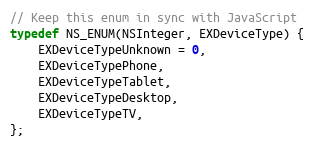
Language: C
// Keep this enum in sync with JavaScript
typedef NS_ENUM(NSInteger, EXDeviceType) {
    EXDeviceTypeUnknown = 0,
    EXDeviceTypePhone,
    EXDeviceTypeTablet,
    EXDeviceTypeDesktop,
    EXDeviceTypeTV,
};